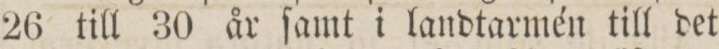
26 till 30 år ſamt i landtarmén till det